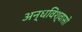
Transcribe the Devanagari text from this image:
अन्धविश्वासो